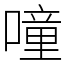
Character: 噇